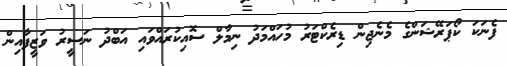
ފެނަކަ ކޯޕަރޭޝަންގެ މެނެޖިން ޑިރެކްޓަރު މުހައްމަދު ނިމާލް ސޮއިކުރައްވައި އަބްދު ނަސީރު ވަޒީފާއިން